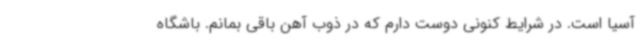
آسیا است. در شرایط کنونی دوست دارم که در ذوب آهن باقی بمانم. باشگاه